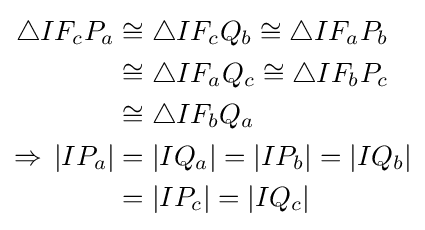
{\begin{aligned}\triangle IF_{c}P_{a}&\cong \triangle IF_{c}Q_{b}\cong \triangle IF_{a}P_{b}\\&\cong \triangle IF_{a}Q_{c}\cong \triangle IF_{b}P_{c}\\&\cong \triangle IF_{b}Q_{a}\\\Rightarrow \,|IP_{a}|&=|IQ_{a}|=|IP_{b}|=|IQ_{b}|\\&=|IP_{c}|=|IQ_{c}|\end{aligned}}